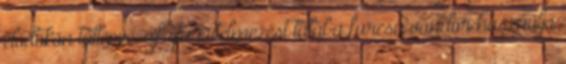
elődökön túllépve, újfajta értelmezést talál a furcsa vándor használja